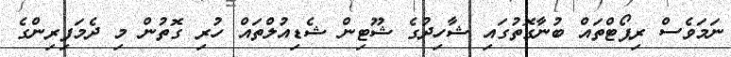
ނަމަވެސް ރިޕޯޓްތައް ބުނާގޮތުގައި ޝާހިދުގެ ޝޫޓިން ޝެޑިއުލްތައް ހުރި ގޮތުން މި ދެމަފިރިންގެ